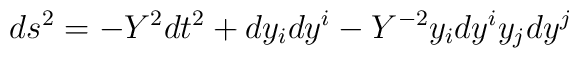
ds^2=-Y^2dt^2+dy_idy^i-Y^{-2}y_idy^iy_jdy^j